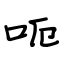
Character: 呃